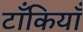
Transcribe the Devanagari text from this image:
टाँकियाँ